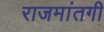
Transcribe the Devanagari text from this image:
राजमांतगी